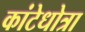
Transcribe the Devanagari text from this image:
कांटेधोत्रा